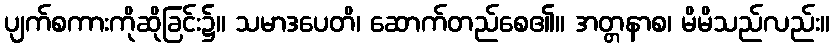
ပျက်စကားကိုဆိုခြင်း၌။ သမာဒပေတိ၊ ဆောက်တည်စေ၏။ အတ္တနာစ၊ မိမိသည်လည်း။